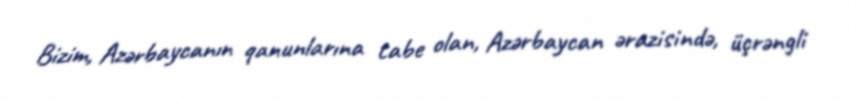
Bizim, Azərbaycanın qanunlarına tabe olan, Azərbaycan ərazisində, üçrəngli